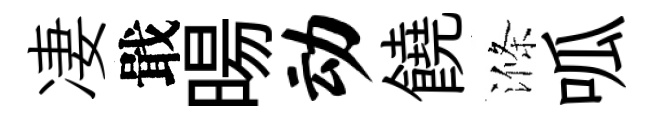
凄戢暘动饒滌呱